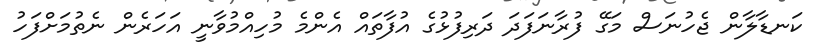
ކަނޑާލާން ޖެހުނަސް މަގޭ ފުރާނަފަދަ ދަރިފުޅުގެ އުފާތައް އެންމެ މުހިއްމުވާނީ އަހަރެން ނެތުމަށްފަހު